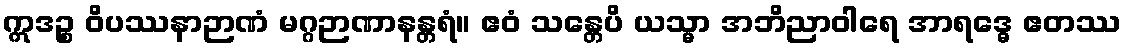
ဣဒဉ္စ ဝိပဿနာဉာဏံ မဂ္ဂဉာဏာနန္တရံ။ ဧဝံ သန္တေပိ ယသ္မာ အဘိညာဝါရေ အာရဒ္ဓေ ဧတဿ